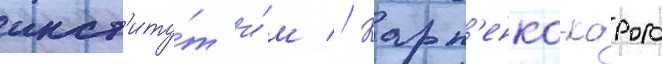
инст'иту́т и́м // Карп'енко-карого